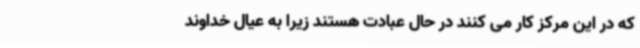
که در این مرکز کار می کنند در حال عبادت هستند زیرا به عیال خداوند